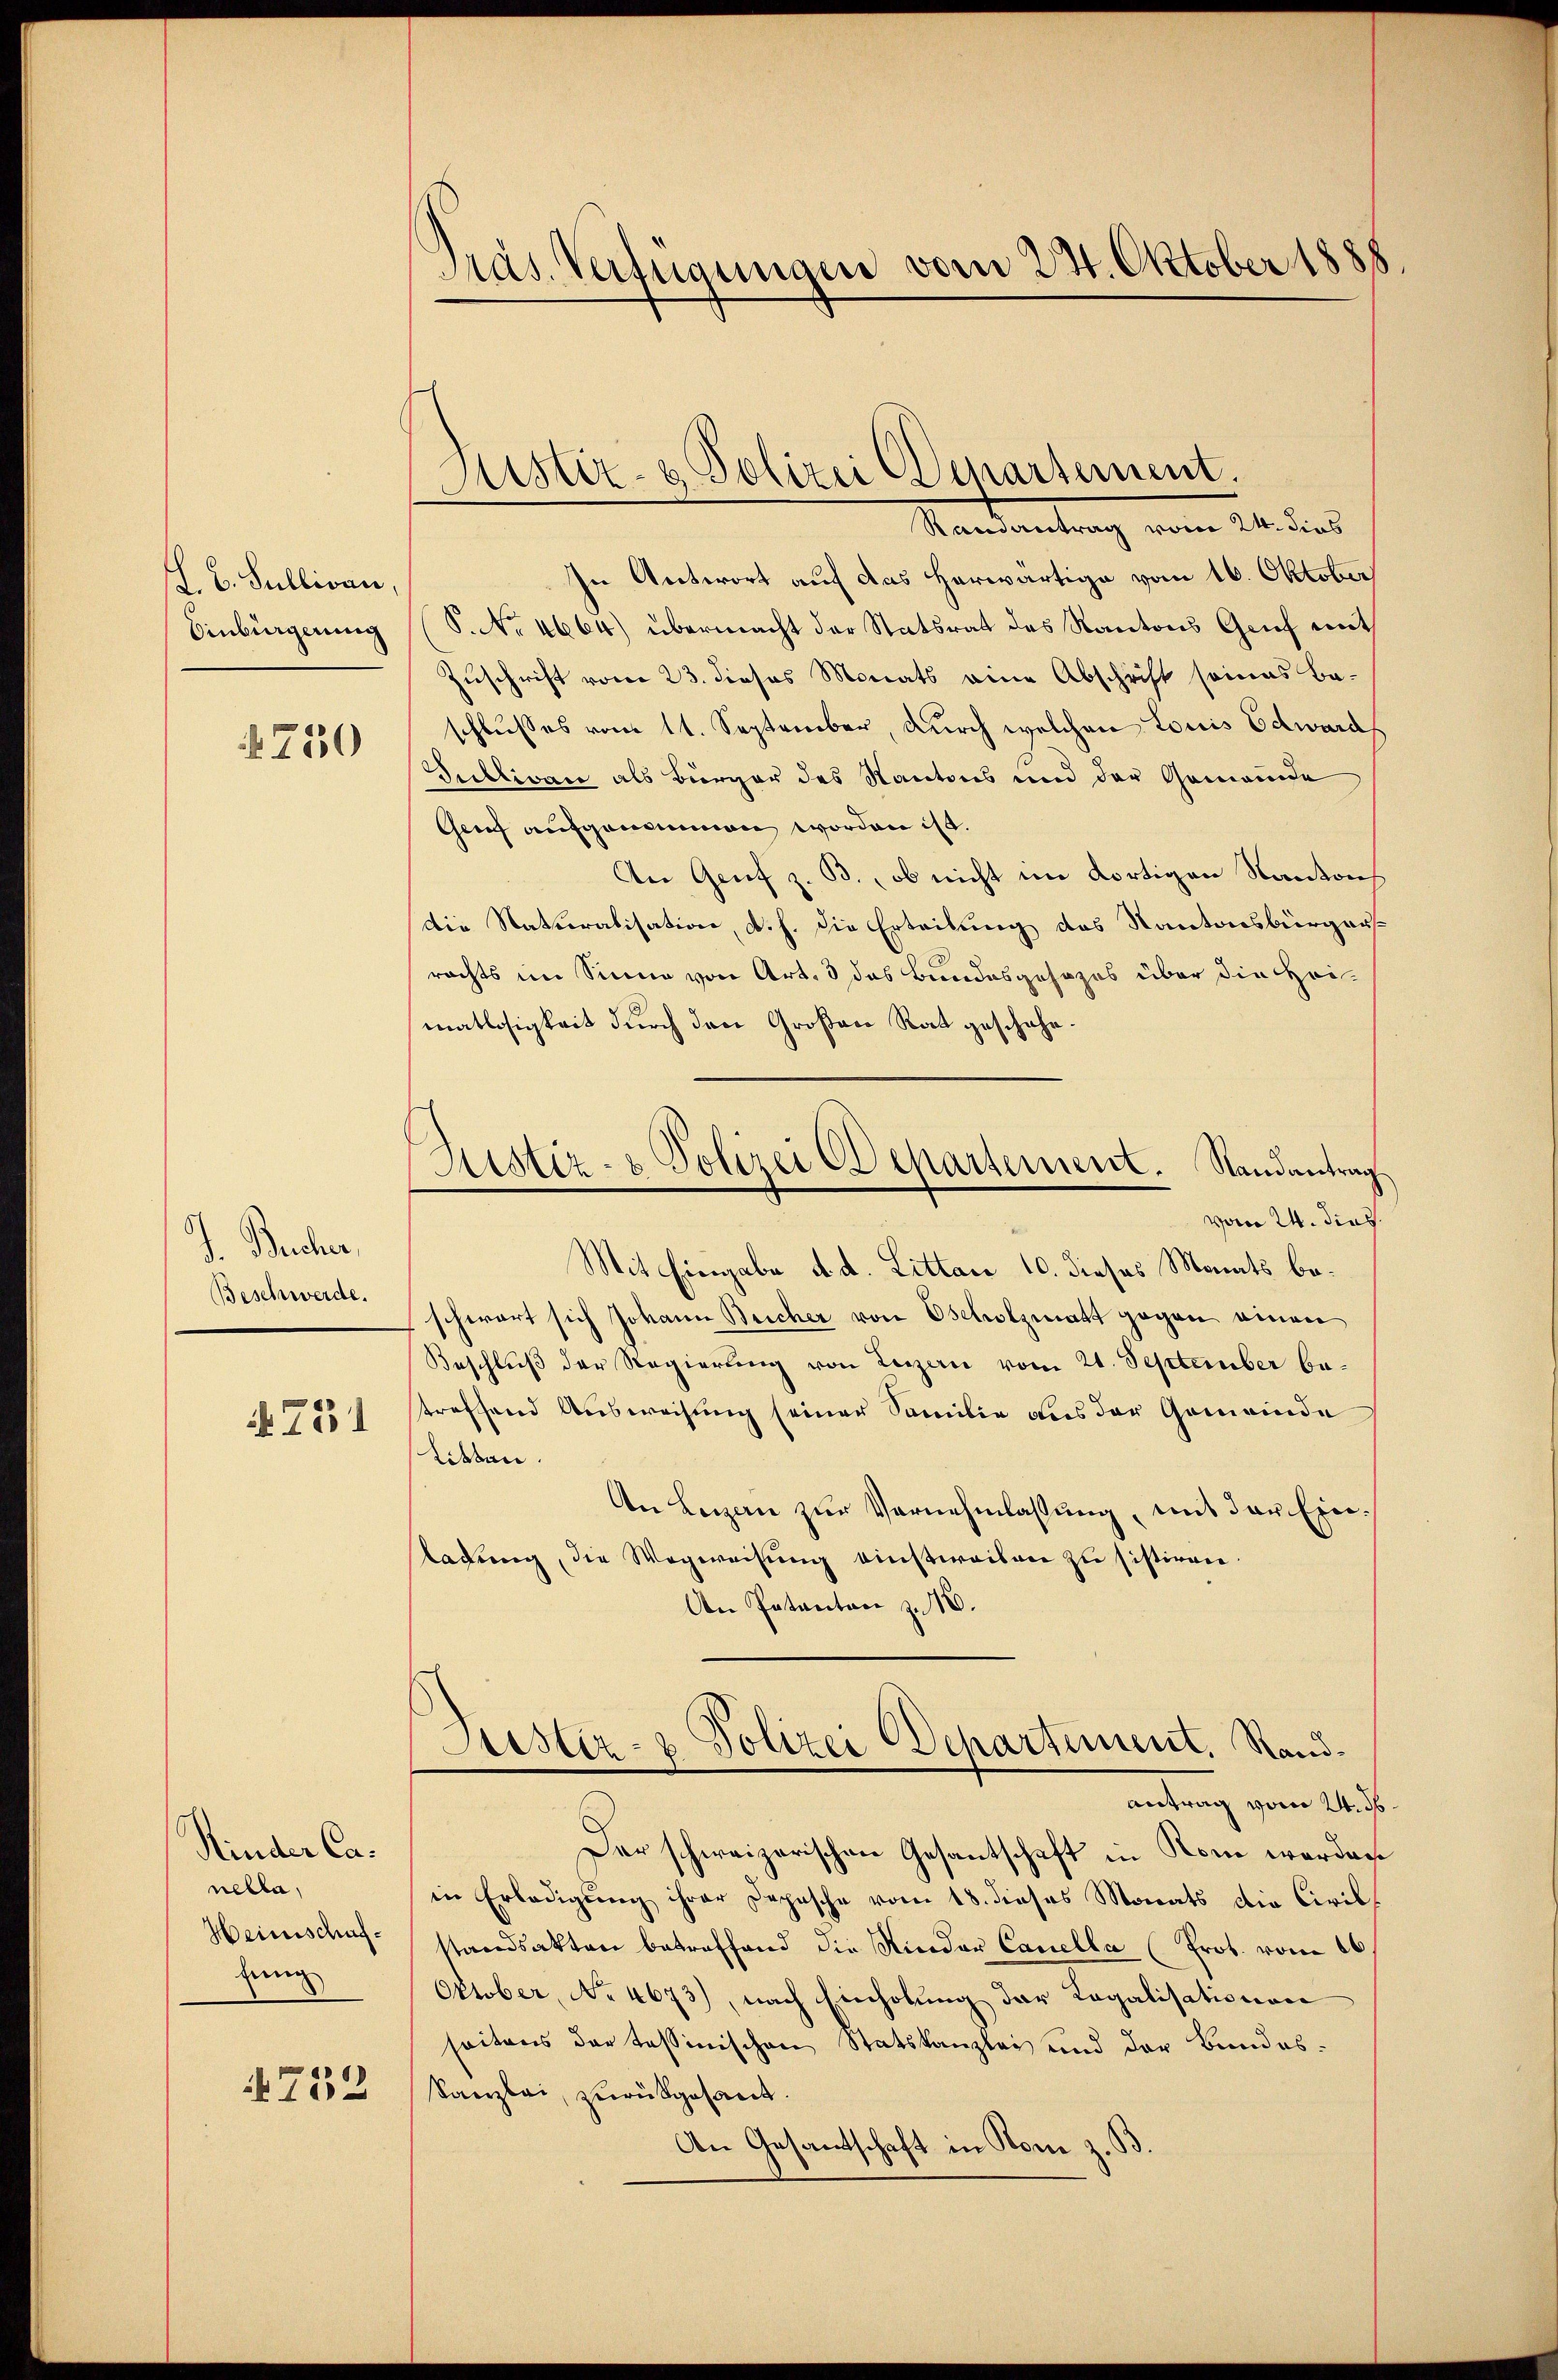
L. B. Sullivan,
Sinbürgerung

750

d. Bucher,
Beschwerde.
A.731

Kinder Canella,
Heinschaflung

752

Präs. Vertraungen vom 24. Oktober 1888

Justiz- & Polizei Departement.

Randantrag vom 24. dies
In Antwort auf das herwärtige vom 16. Oktober
P. No 4664) übermacht der Statsrat des Kantons Gruf mit
Zuschrift vom 23. dieses Monats eine Abschrift seines Ba-
schlusses vom 11. September, durch welchen Louis Edward
Sublican als Bürger des Kantons und der Gemeinde
Grief aufgenommen worden ist.
An Genf z. B., ob nicht im dortigen Kanton
Die Naturalisation, d. h. die Erteilung des Kantonsbürgerrechts im Sinne von Art. 3 des Bundesgesezes über die Hei-
matlosigkeit durch den Großen Rat geschehe¬
Astiz- & Polizei Departement. Randantrag
vom 24. dies
Mit Eingabe d. d. Littau 10. dieses Monats beschwart sich Johann Beicher von Oscholzmatt gegen einen
Beschlŭβ der Regierŭng von Lenzen vom 21. September betreffend Ausweisung seiner Samilie aus der Gemeinde
Litten
An Lezzern zur Vernehmlassung, mit der Einladung, die Wegweisung einstweilen zu sistiren
An Patenten zu 10.

Justiz- & Polizei Departement. Sandantrag vom 24. ds

Der schweizerischen Gesantschaft in Rom werden
in Erledigung ihrer Depesche vom 18. dieses Monats die Civil
standsakten betreffend die Kinder Canella (Prot. vom 16
Oktober, No 4673), nach Einholung der Regalisationen
seitens der tessinischen Statskanzlei und der Bundes¬
Kanzlei, zurückgesant.
An Gesantschaft in Nomi z. B.